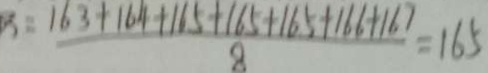
: \frac { 1 6 3 + 1 6 4 + 1 6 5 + 1 6 5 + 1 6 5 + 1 6 6 + 1 6 7 } { 8 } = 1 6 5